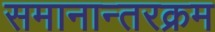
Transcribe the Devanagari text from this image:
समानान्तरक्रम